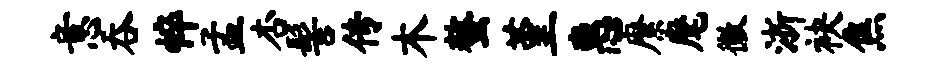
意吞悴孟杏髻传木螯堇惠縻麾徽浙袂焦